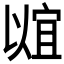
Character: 𬿠